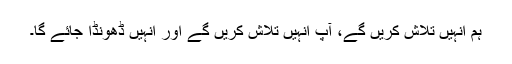
ہم انہیں تلاش کریں گے، آپ انہیں تلاش کریں گے اور انہیں ڈھونڈا جائے گا۔